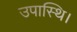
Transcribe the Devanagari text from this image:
उपास्थि।